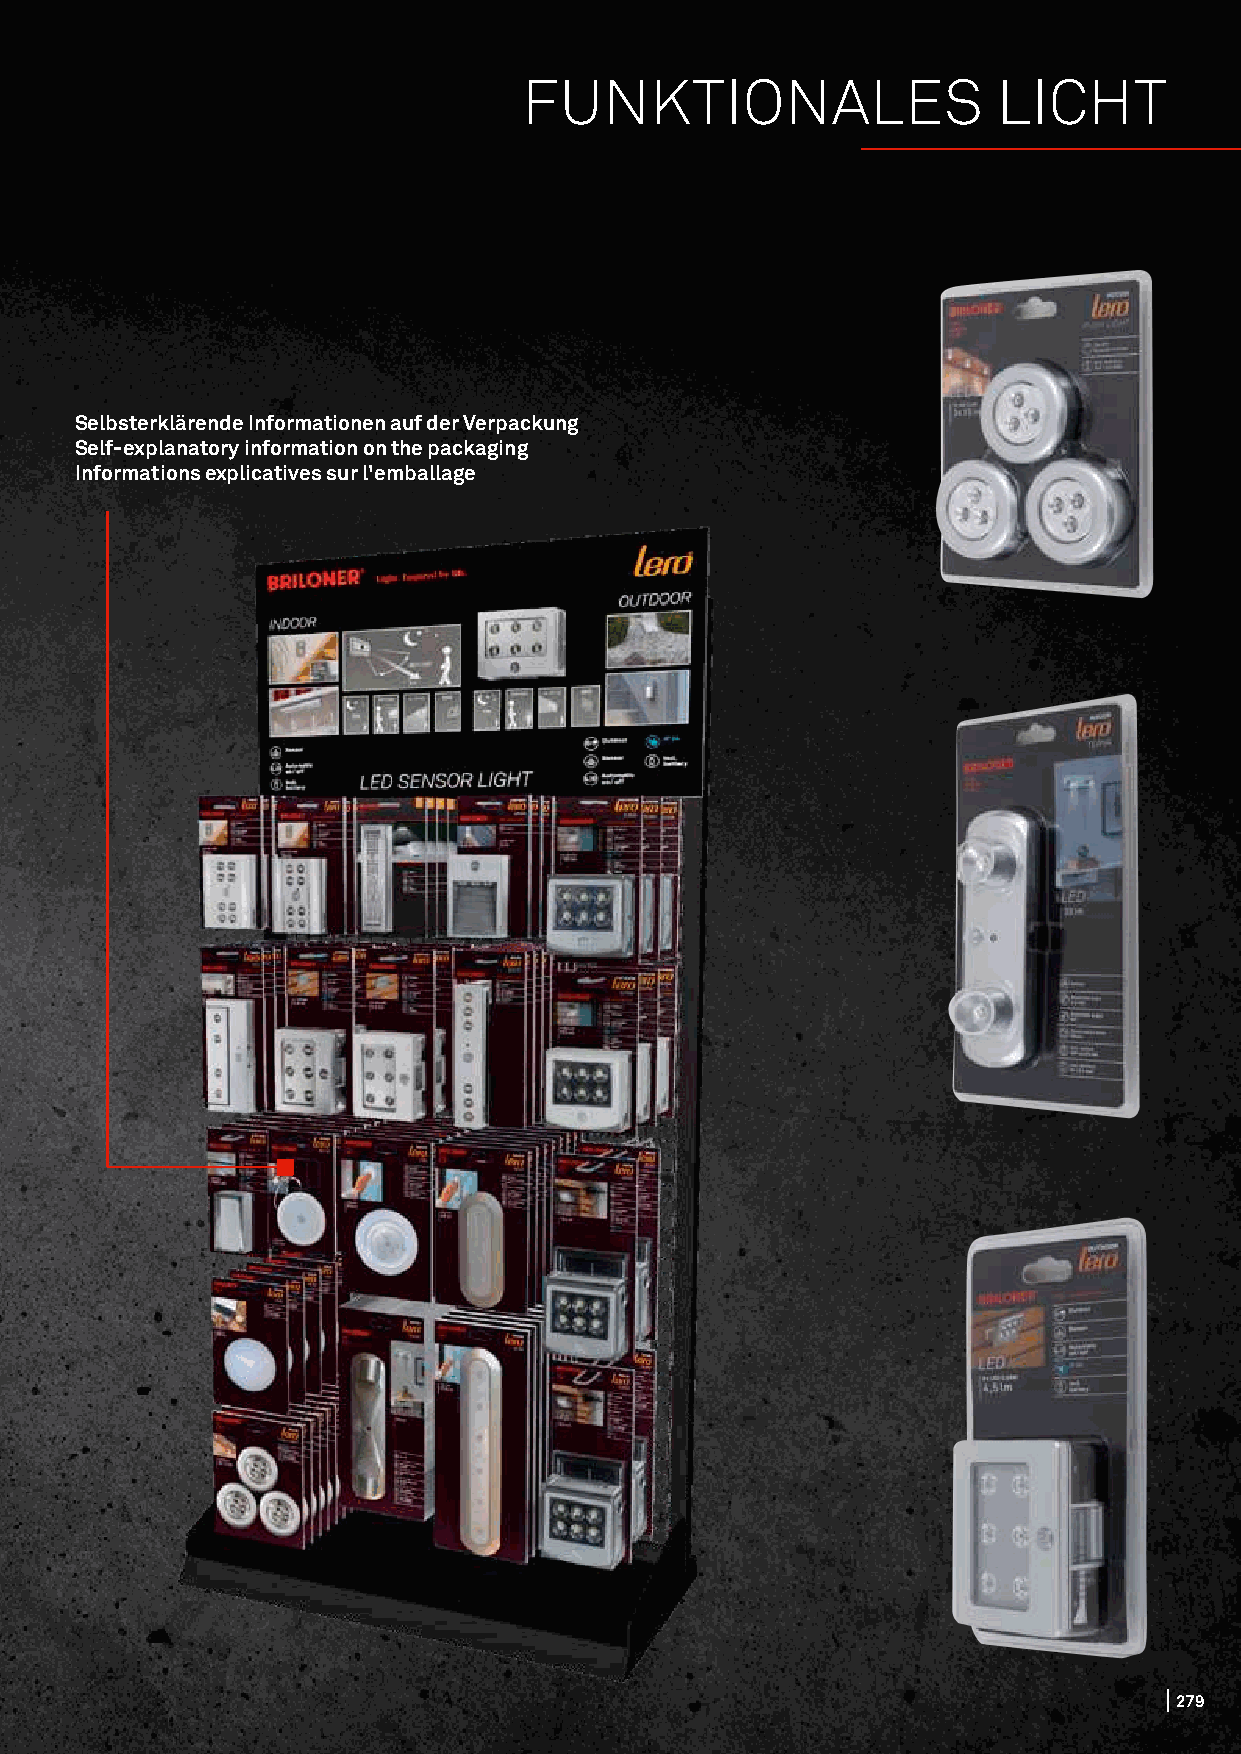
FUNKTIONALES                   LICHT
 Selbsterklärende Informationen auf der Verpackung
 Self-explanatory information on the packaging
 Informations explicatives sur l'emballage
 227799